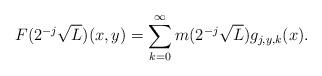
LaTeX: \begin{align*}F(2^{-j}\sqrt{L})(x,y)=\sum_{k= 0}^\infty m(2^{-j}\sqrt{L})g_{j,y,k}(x).\end{align*}